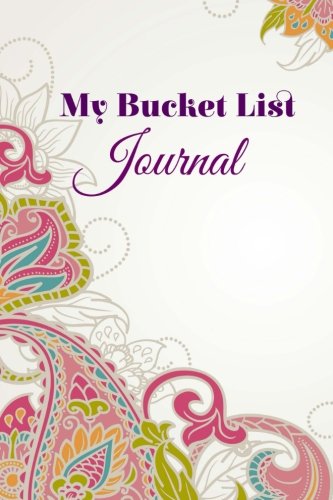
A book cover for My Bucket List Journal (Inspirational Goal Journals ) (Volume 5); Creative Life Journals; Business & Money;